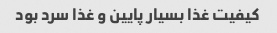
کیفیت غذا بسیار پایین و غذا سرد بود